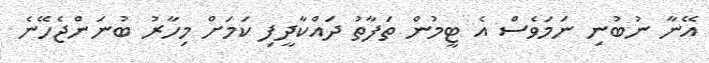
އޭނާ ނުބުނި ނަމަވެސް އެ ޓީމުން ތަފާތު ދައްކާދީފި ކަމަށް މިހާރު ބުނަންޖެހޭނެ